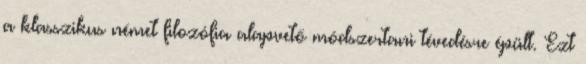
a klasszikus német filozófia alapvető módszertani tévedésre épült. Ezt